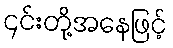
၄င်းတို့အနေဖြင့်